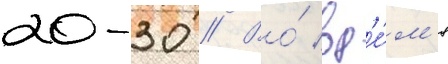
20-30 // Во́ вр'е́м'я